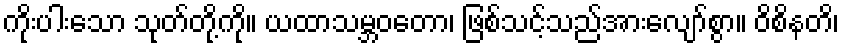
ကိုးပါးသော သုတ်တို့ကို။ ယထာသမ္ဘဝတော၊ ဖြစ်သင့်သည်အားလျော်စွာ။ ဝိစိနတိ၊